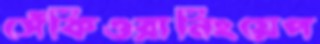
সেঁকিওরানিংয়েপ